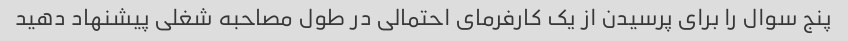
پنج سوال را برای پرسیدن از یک کارفرمای احتمالی در طول مصاحبه شغلی پیشنهاد دهید